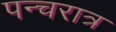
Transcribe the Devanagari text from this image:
पन्चरात्र